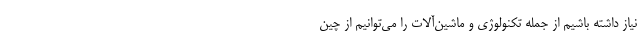
نیاز داشته باشیم از جمله تکنولوژی و ماشین‌آلات را می‌توانیم از چین